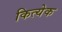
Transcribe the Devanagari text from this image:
कित्‍येक